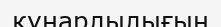
қүнарлылығын